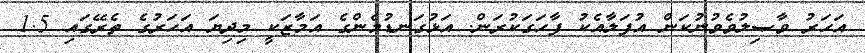
އަހަރު ވާޞިލުވެވުނުކަން އުފަލާއެކު ފާހަގަކުރަން. އަޅުގަނޑުމެންގެ އަމާޒަކީ މިދިޔަ އަހަރުގެ ތެރޭގައި 1.5